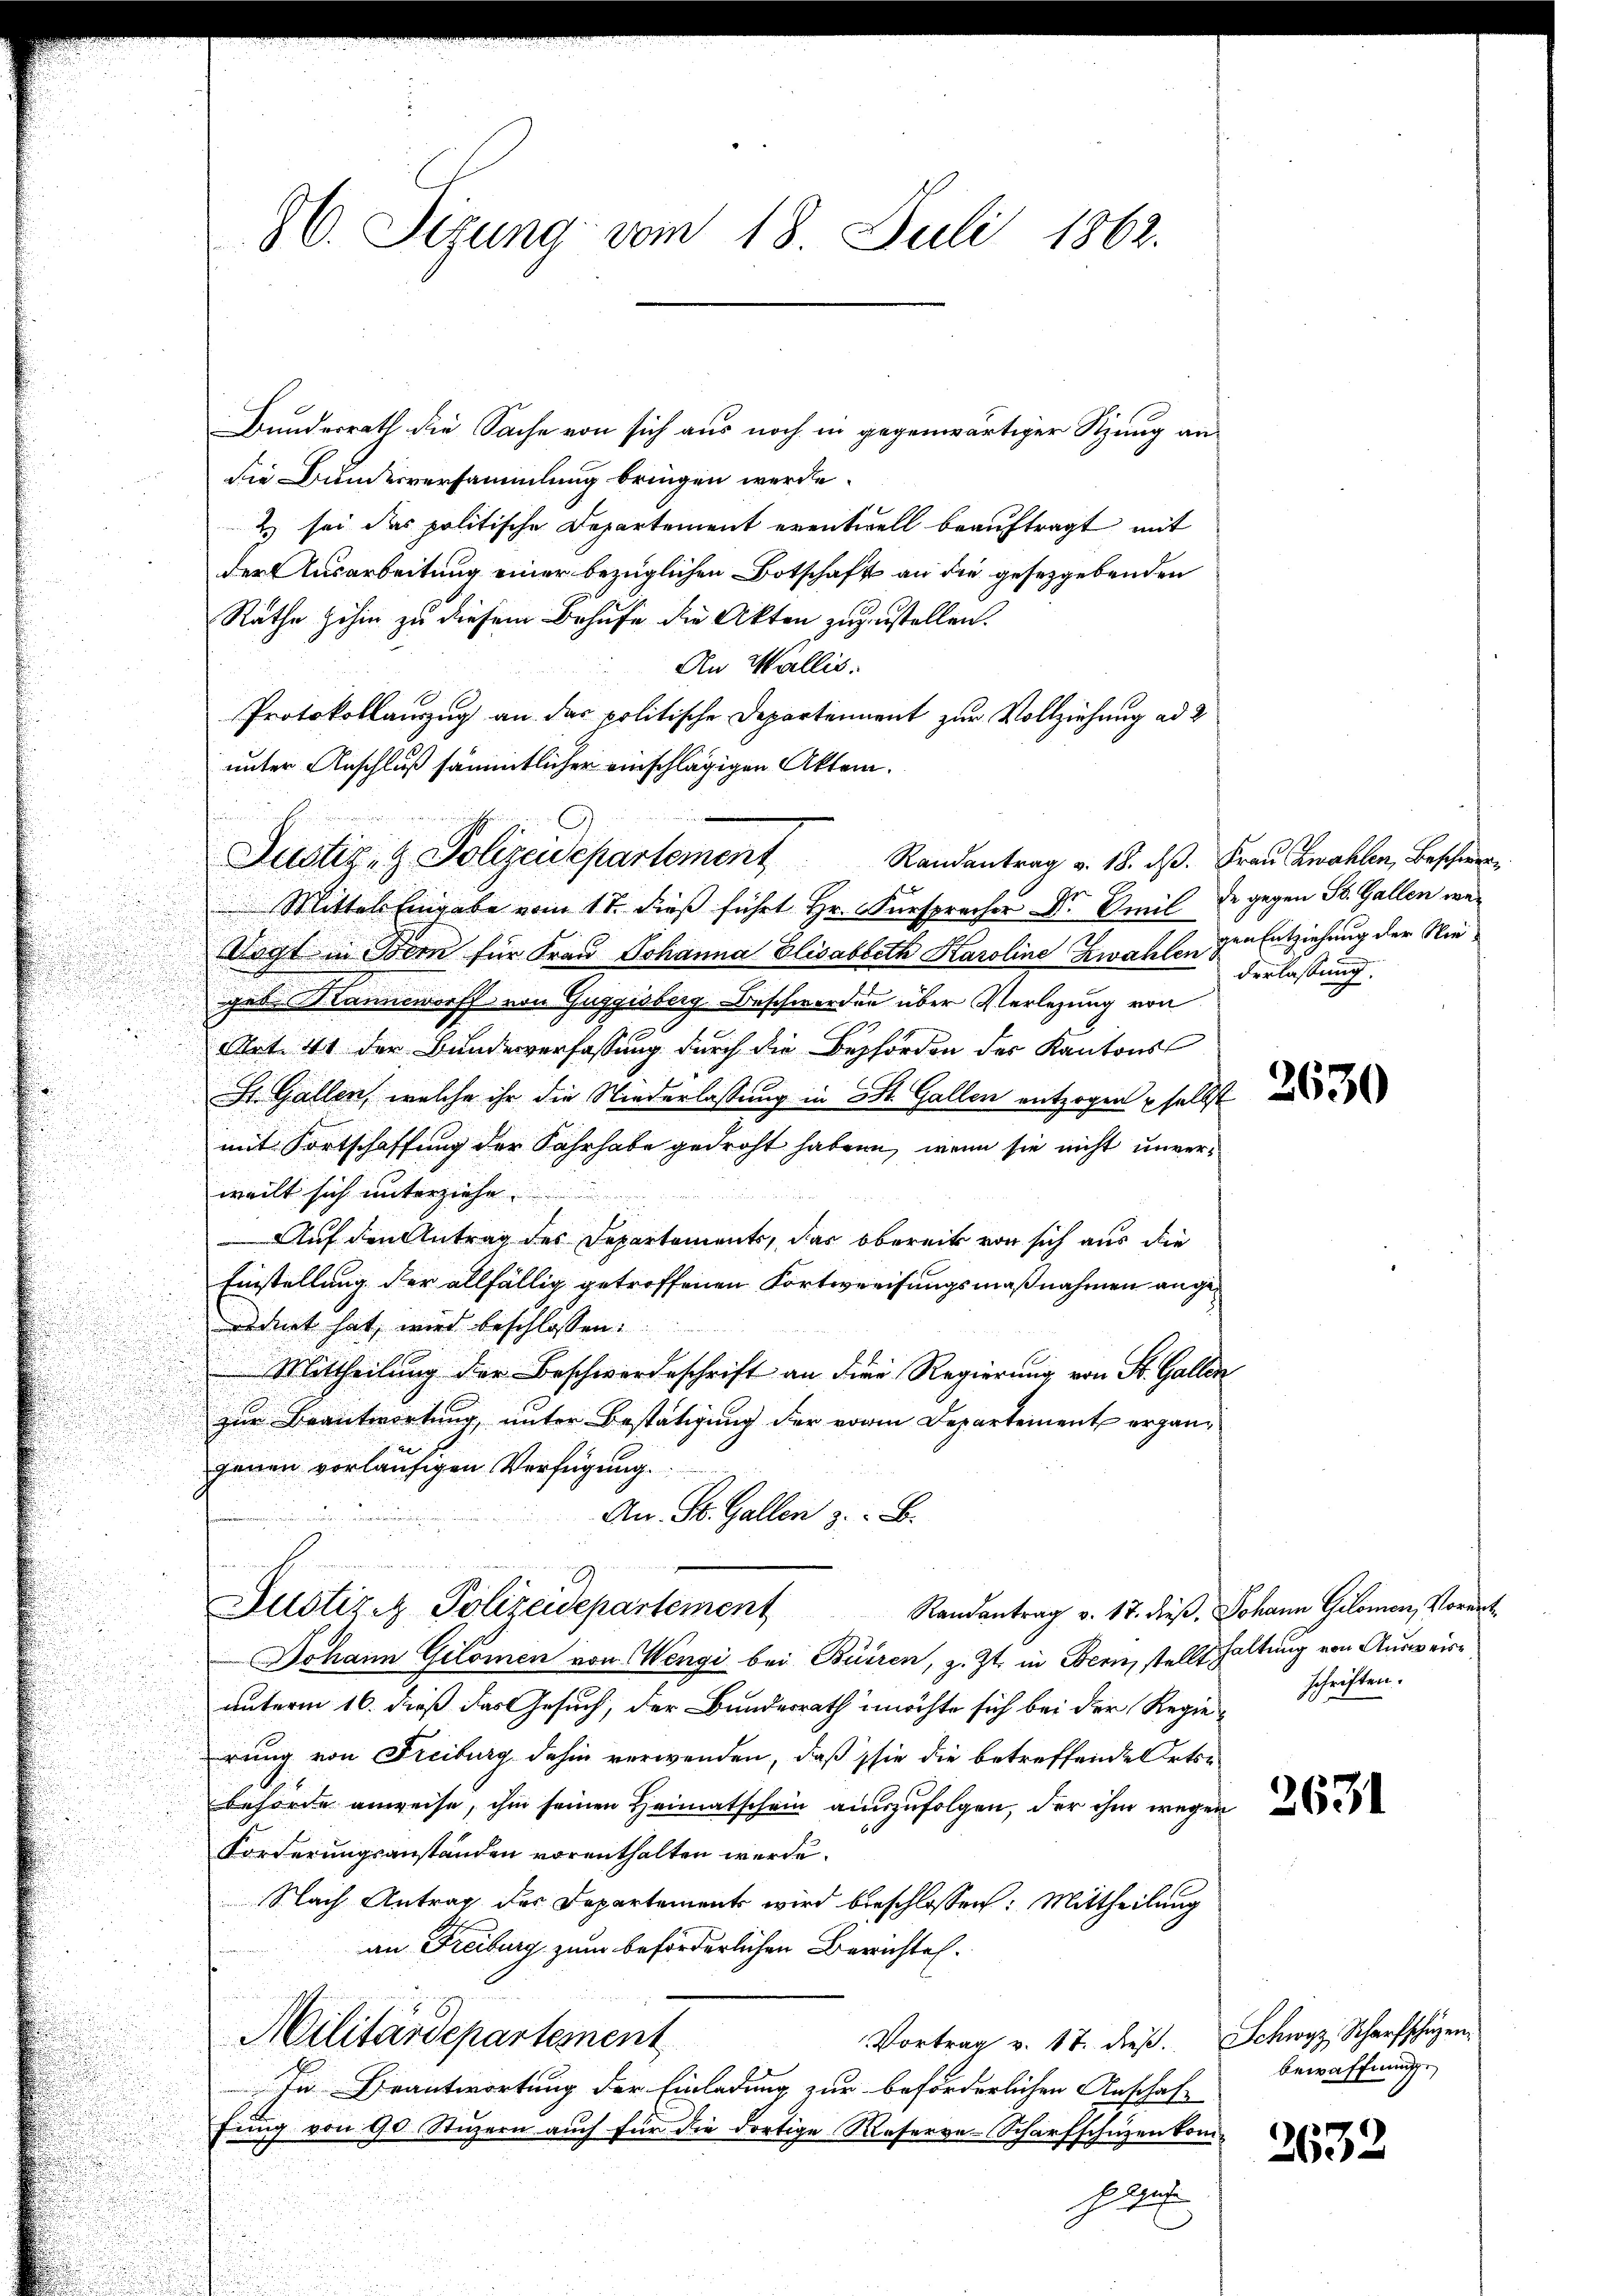
86. Sizung vom 18. Juli 1862.

Bunderrath die Sache von sich aus noch in gegenwärtiger Sitzung an
die Bundesversammlung bringen werde.
& sei das politische Departement eventuell beauftragt mit
der Ausarbeitung einer bezüglichen Botschaft an die gesetzgebenden
Rathe sohin zu diesem Behufe die Akten zuzustellen.
An Wallis.
Protokollauszug an das politische Departement zur Vollziehung ad 2
unter Anschluß sämmtlicher einschlägigen Akten.
Mittel Eingabe vom 17. dieß führt Hr. Fürspracher Dr. Emil de gegen St. Gallen we¬
Vogt in Bern für Frau Johanna Elisabbeth Karoline Zwahlen zur Entziehung der Niegas Manneworff von Guggisberg-Beschwerden über Verlegung von
Art. 41 der Bundesverfassung durch die Behörden des Kantons
St. Gallen, welche ihr die Niederlassung in St. Gallen entzogen selbst
mit Fortschaffung der Fahrhabe gedroht haben, wenn sie nicht unverweilt sich unterziehe.
n
Auf den Antrag des Departements, das Obereits von sich aus die
Einstellung der allfällig getroffenen Fortweisungsmaßnahmen angeordnet hat, wird beschlossen:
Mittheilung der Beschwerdeschrift an die Regierung von St. Gallen
zur Beantwortung, unter Bestätigung der vor Departement ergänjenen vorläufigen Verfügung.
An St. Gallen z. B.
Justiz & Polizeidepartement
Randantrag v. 17. dieβ. Johann Gilomen, Vorart
Johann Gilömen von Wengi bei Buiren, z. Zt. in Bern, stellt haltung von Ausweisunterm 16. dieß das Gesuch, der Bundesrath möchte sich bei der Regierung von Freiburg dahin verwenden, daß sie die betreffende Ortsbehörde anweise, ihm seinen Heimatschein auszufolgen, der ihm wegen
Forderungsanstanden vorenthalten werde.
Nach Antrag des Departements wird beschlossen: Mittheilung
an Freiburg zum beförderlichen Berichtes.
Militärdepartement
Vortrag v. 17. dieß. Schwyz, Scharfschüzen
In Beantwortung der Einladung zur beförderlichen Anschaffung von 90 Stuzern auch für die dortige Reserve-Scharfschützenkom-
Ha

Justiz- & Polizeidepartement

Randantrag v. 18. ds. Frau Zwahlen, Beschwere

derlassung.

schriften.

2671

bewaffnung

2632